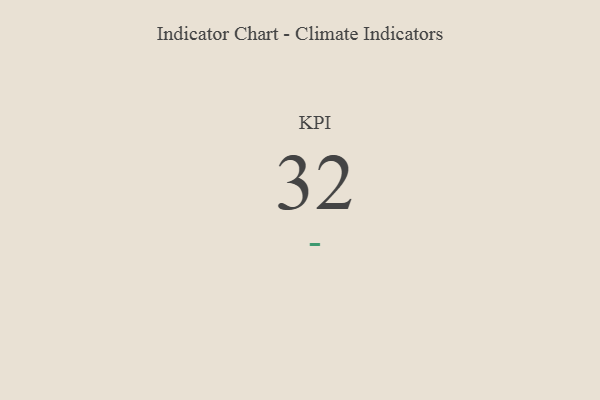
{"axis": {"x": "KPI", "y": "Value"}, "legend": [""], "data": [{"x": "KPI", "y": 32, "type": ""}]}